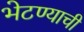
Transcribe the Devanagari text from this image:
भेटण्याची